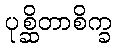
ပုစ္ဆိတာစိက္ခ